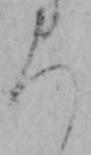
ち